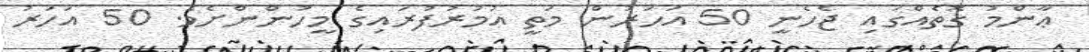
ޢާންމު ގޮތެއްގައި ޖެހެނީ 50 އަހަރުން މަތީ އުމުރުފުރައިގެ މީހުންންށެވެ. 50 އަހަރު